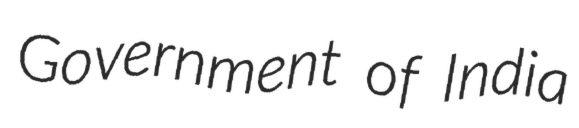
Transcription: Government of India